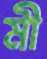
মী